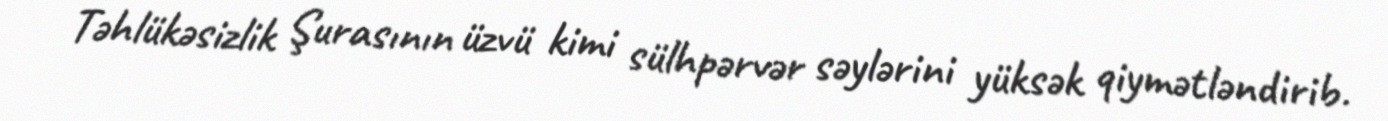
Təhlükəsizlik Şurasının üzvü kimi sülhpərvər səylərini yüksək qiymətləndirib.